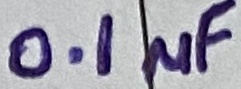
Text: 0.1µF